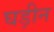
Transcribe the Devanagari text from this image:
घड़ीन